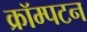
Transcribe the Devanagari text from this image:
क्रॉम्पटन